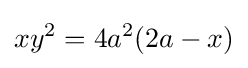
xy^{2}=4a^{2}(2a-x)